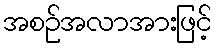
အစဉ်အလာအားဖြင့်